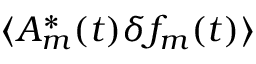
\langle A _ { m } ^ { * } ( t ) \delta f _ { m } ( t ) \rangle